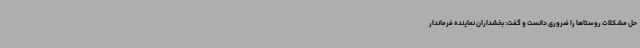
حل مشکلات روستاها را ضروری دانست و گفت: بخشداران نماینده فرماندار